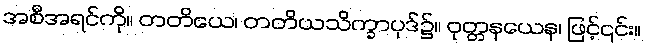
အစီအရင်ကို။ တတိယေ၊ တတိယသိက္ခာပုဒ်၌။ ဝုတ္တနယေန၊ ဖြင့်၎င်း။